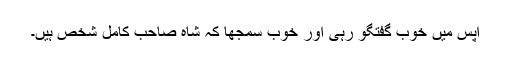
آپس میں خوب گفتگو رہی اور خوب سمجھا کہ شاہ صاحب کامل شخص ہیں۔